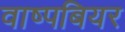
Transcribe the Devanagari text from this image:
वाष्पबियर